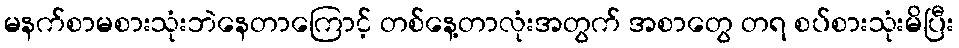
မနက်စာမစားသုံးဘဲနေတာကြောင့် တစ်နေ့တာလုံးအတွက် အစာတွေ တရ စပ်စားသုံးမိပြီး